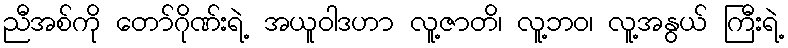
ညီအစ်ကို တော်ဂိုဏ်းရဲ့ အယူဝါဒဟာ လူ့ဇာတိ၊ လူ့ဘဝ၊ လူ့အနွယ် ကြီးရဲ့